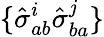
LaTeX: \{ \hat{\sigma}_{ab}^{i}\hat{\sigma}_{ba}^{j}\}